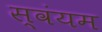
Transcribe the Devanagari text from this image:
स्‍वंयम